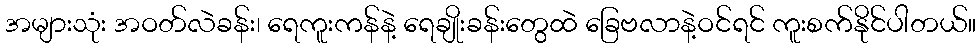
အများသုံး အဝတ်လဲခန်း၊ ရေကူးကန်နဲ့ ရေချိုးခန်းတွေထဲ ခြေဗလာနဲ့ဝင်ရင် ကူးစက်နိုင်ပါတယ်။